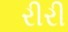
રીરી